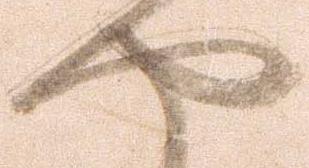
や